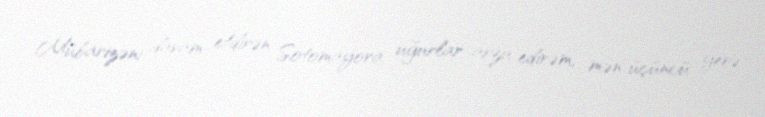
Mübarizəni davam etdirən Sotomayora uğurlar arzu edirəm, mən üçüncü yerə